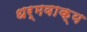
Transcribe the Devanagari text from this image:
धर्मवाक्य